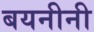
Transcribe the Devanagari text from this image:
बयनीनी